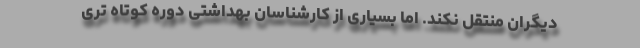
دیگران منتقل نکند. اما بسیاری از کارشناسان بهداشتی دوره کوتاه تری